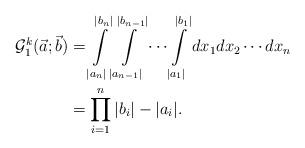
LaTeX: \begin{align*}\mathcal{G}^{k}_1(\vec{a};\vec{b})&=\int \limits_{|a_n|}^{|b_n|} \int \limits_{|a_{n-1}|}^{|b_{n-1}|}\cdots \int \limits_{|a_1|}^{|b_1|}dx_1dx_2\cdots dx_n \\&=\prod_{i=1}^{n}|b_i|-|a_i|.\end{align*}